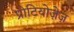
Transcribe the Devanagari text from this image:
प्रोटियोज़ेज़